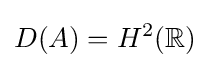
D(A)=H^{2}(\mathbb {R} )